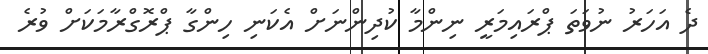
ދެ އަހަރު ނުވަތަ ޕްރައިމަރީ ނިންމާ ކުދިންނަށް އެކަނި ހިންގާ ޕްރޮގްރާމަކަށް ވުރެ